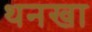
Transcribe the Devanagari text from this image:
थनखा